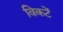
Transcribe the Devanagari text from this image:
विकटें